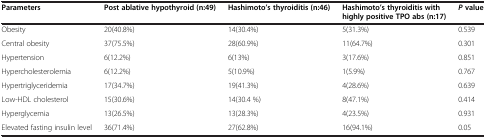
| Parameters | Post ablative hypothyroid (n:49) | Hashimoto’s thyroiditis (n:46) | Hashimoto’s thyroiditis with highly positive TPO abs (n:17) | Pvalue |
 | --- | --- | --- | --- | --- |
 | Obesity | 20(40.8%) | 14(30.4%) | 5(31.3%) | 0.539 |
 | Central obesity | 37(75.5%) | 28(60.9%) | 11(64.7%) | 0.301 |
 | Hypertension | 6(12.2%) | 6(13%) | 3(17.6%) | 0.851 |
 | Hypercholesterolemia | 6(12.2%) | 5(10.9%) | 1(5.9%) | 0.767 |
 | Hypertriglyceridemia | 17(34.7%) | 19(41.3%) | 4(28.6%) | 0.639 |
 | Low-HDL cholesterol | 15(30.6%) | 14(30.4 %) | 8(47.1%) | 0.414 |
 | Hyperglycemia | 13(26.5%) | 13(28.3%) | 4(23.5%) | 0.931 |
 | Elevated fasting insulin level | 36(71.4%) | 27(62.8%) | 16(94.1%) | 0.05 |